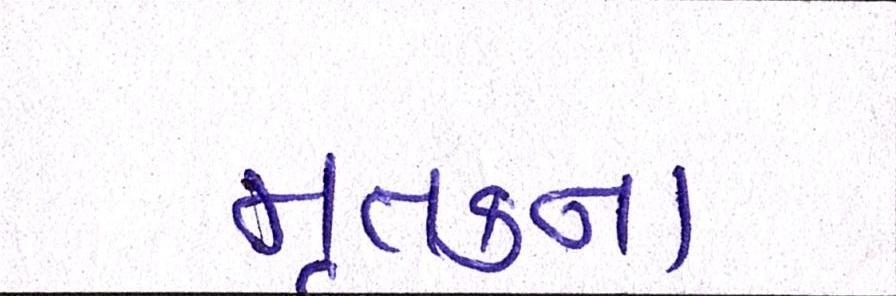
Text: મૃતકના